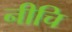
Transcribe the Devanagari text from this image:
नीचि